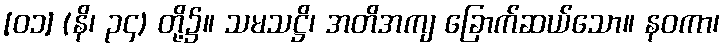
[၀၁] (နိ၊ ၃၄) တို့၌။ သမသဋ္ဌိ၊ အတိအကျ ခြောက်ဆယ်သော။ နဝကာ၊